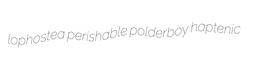
lophostea perishable polderboy haptenic